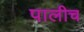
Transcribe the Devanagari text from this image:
पालीच